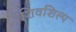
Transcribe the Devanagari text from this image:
शिवशिल्प